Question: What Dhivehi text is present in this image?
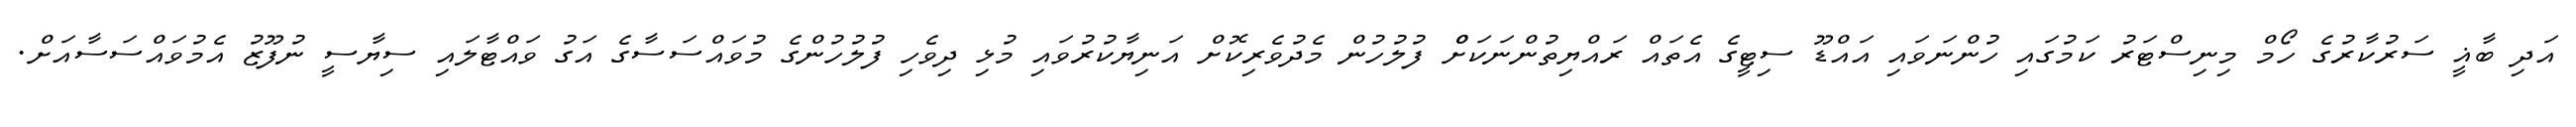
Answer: އަދި ބާޣީ ސަރުކާރުގެ ހޯމް މިނިސްޓަރު ކަމުގައި ހުންނަވައި އައްޑޫ ސިޓީގެ އެތައް ރައްޔިތުންނަކަށްް ފުލުހުން މެދުވެރިކޮށް އަނިޔާކުރުވައި މުޅި ދިވެހި ފުލުހުންގެ މުވައްސަސާގެ އަގު ވައްޓާލައި ސިޔާސީ ނުފޫޒު އެމުވައްސަސާއަށް.